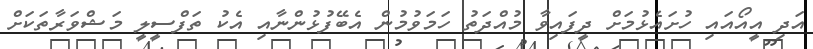
އަދި އީއޯއައި ހުށައެޅުމަށް ދީފައިވާ މުއްދަތު ހަމަވުމުން އެބޭފުޅުންނާއި އެކު ތަފްސީލީ މަޝްވަރާތަކަށް